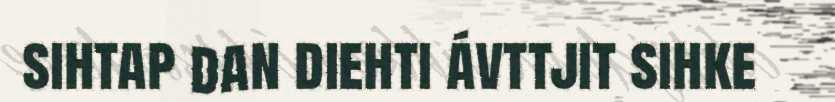
sihtap dan diehti ávttjit sihke